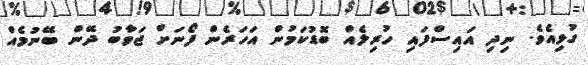
ގުޅިއެވެ. ނިދި އައިސްފައި ހުރިލެއް ބޮޑުކަމުން އަހަރެން ފޯނަށް ޖަވާބު ދޭން ބޭނުމެއް